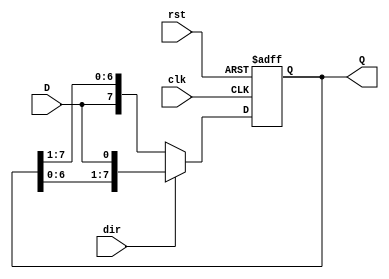
module shift_register #(
    parameter N = 8  // Width of the shift register
)(
    input wire clk,          // Clock signal
    input wire rst,          // Asynchronous reset signal
    input wire D,            // Data input
    input wire dir,          // Shift direction (1 for left, 0 for right)
    output reg [N-1:0] Q     // Data output
);

    // Always block triggered on the rising edge of the clock or reset
    always @(posedge clk or posedge rst) begin
        if (rst) begin
            // Reset the shift register to 0
            Q <= {N{1'b0}};
        end else begin
            if (dir) begin
                // Shift left: Insert D into LSB
                Q <= {Q[N-2:0], D};  // Shift left and insert D at LSB
            end else begin
                // Shift right: Insert D into MSB
                Q <= {D, Q[N-1:1]};  // Shift right and insert D at MSB
            end
        end
    end

endmodule